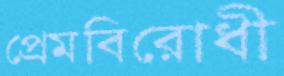
প্রেমবিরোধী